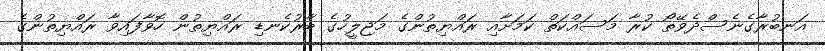
އަނބުރާގެނެސްދެވޭތޯ ކުރާ މަސައްކަތް ކަމަށާއި ރައްޔިތުންގެ މަޖިލީހުގެ ބާރުކެނޑި ރައްޔިތުން ހޮވާފައިވާ ރައްޔިތުންގެ